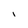
Character: I